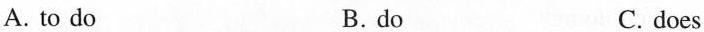
A. to do B. do C. does